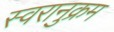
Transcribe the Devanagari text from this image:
स्वरानुक्रम